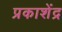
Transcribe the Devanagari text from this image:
प्रकाशेंद्र